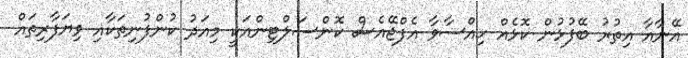
އޭނާއާ އިތުރު ބޭފުޅުން ކޮޅެއް ހިއްސާވާ އެފްޖޭއެސް ކޮންސަލްޓިންއަކީ މިއަދު ކުންފުނިތަކާއި ވިޔަފާރިތައް